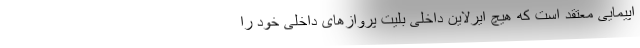
اپیمایی معتقد است که هیچ ایرلاین داخلی بلیت پروازهای داخلی خود را